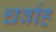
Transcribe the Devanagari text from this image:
चर्वाह